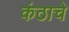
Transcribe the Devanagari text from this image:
कंठाचे